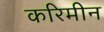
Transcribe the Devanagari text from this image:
करिमीन